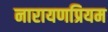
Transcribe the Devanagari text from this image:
नारायणप्रियम